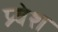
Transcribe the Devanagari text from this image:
प्र्वेश